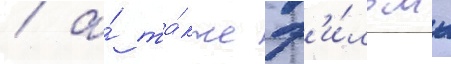
/ а́ та́кже ф'и́льмы